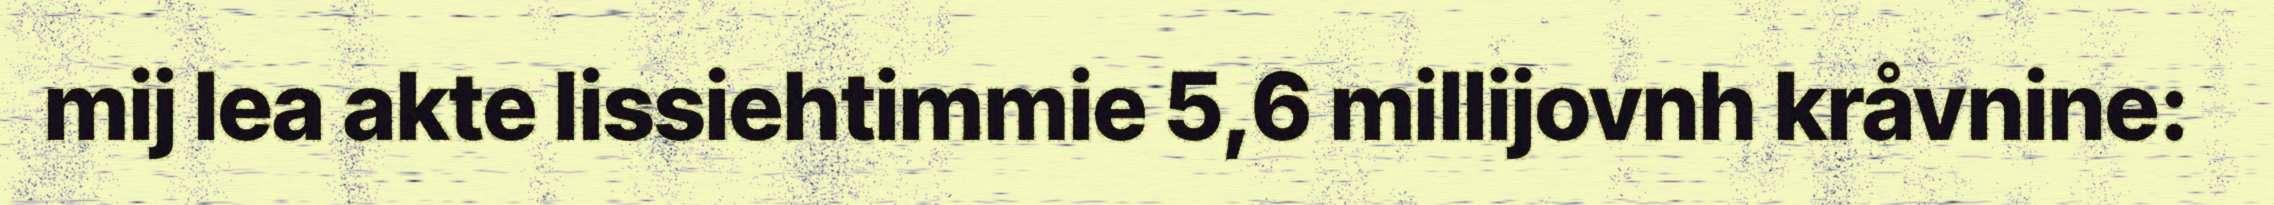
mij lea akte lissiehtimmie 5,6 millijovnh kråvnine: